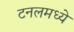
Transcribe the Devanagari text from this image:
टनलमध्ये